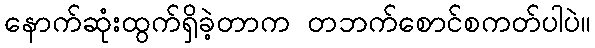
နောက်ဆုံးထွက်ရှိခဲ့တာက တဘက်စောင်စကတ်ပါပဲ။